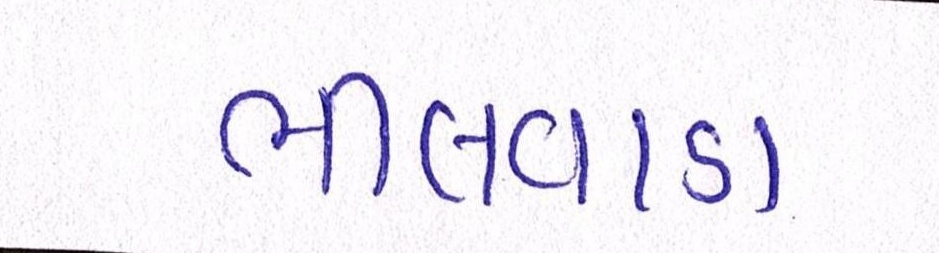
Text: ભીલવાડા